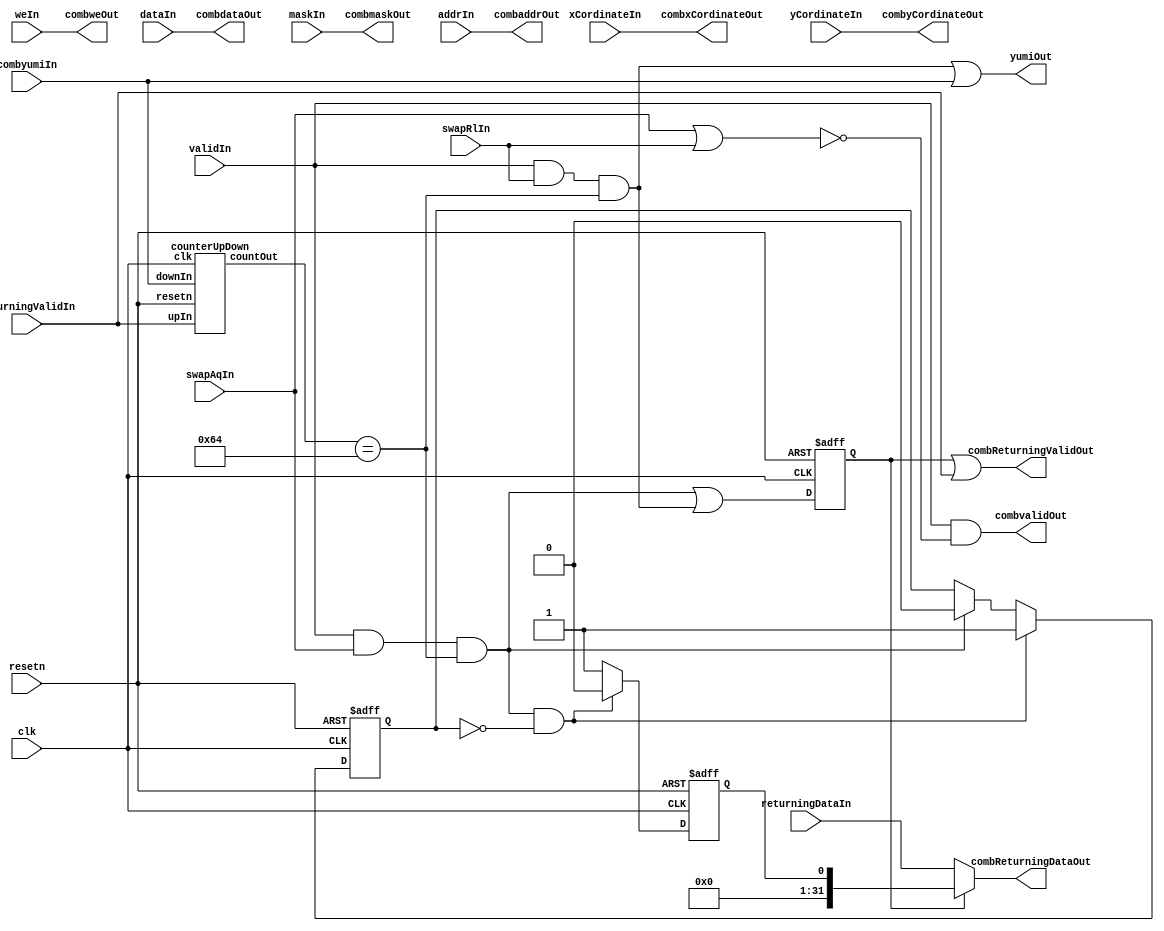
// Generator : SpinalHDL v1.7.3    git head : ed8004c489ee8a38c2cab309d0447b543fe9d5b8
// Component : muxeLock

`timescale 1ns/1ps

module muxeLock (
  input               validIn,
  output              yumiOut,
  input      [31:0]   dataIn,
  input      [3:0]    maskIn,
  input      [31:0]   addrIn,
  input               weIn,
  input               swapAqIn,
  input               swapRlIn,
  input      [1:0]    xCordinateIn,
  input      [1:0]    yCordinateIn,
  output              combvalidOut,
  input               combyumiIn,
  output     [31:0]   combdataOut,
  output     [3:0]    combmaskOut,
  output     [31:0]   combaddrOut,
  output              combweOut,
  output     [1:0]    combxCordinateOut,
  output     [1:0]    combyCordinateOut,
  input      [31:0]   returningDataIn,
  input               returningValidIn,
  output     [31:0]   combReturningDataOut,
  output              combReturningValidOut,
  input               clk,
  input               resetn
);

  wire       [0:0]    myCounterUpDown_upIn;
  wire       [0:0]    myCounterUpDown_downIn;
  wire       [6:0]    myCounterUpDown_countOut;
  wire       [31:0]   _zz_combReturningDataOut;
  wire       [0:0]    _zz_combReturningDataOut_1;
  reg        [31:0]   swapAddr;
  reg        [1:0]    swapXCordinate;
  reg        [1:0]    swapYCordinate;
  reg                 swapLock;
  wire                nodeIsIdle;
  wire                swapAqYumi;
  wire                swapAqSuccess;
  wire                swapAqFail;
  wire                swapMatch;
  wire                swapRlYumi;
  reg                 swapResultValid;
  reg                 swapAqResult;
  wire                lockSucessEncode;
  wire                lockFailEncode;
  wire       [6:0]    requestNumInNode;

  assign _zz_combReturningDataOut_1 = swapAqResult;
  assign _zz_combReturningDataOut = {31'd0, _zz_combReturningDataOut_1};
  counterUpDown myCounterUpDown (
    .upIn     (myCounterUpDown_upIn         ), //i
    .downIn   (myCounterUpDown_downIn       ), //i
    .countOut (myCounterUpDown_countOut[6:0]), //o
    .clk      (clk                          ), //i
    .resetn   (resetn                       )  //i
  );
  assign swapAqYumi = ((validIn && swapAqIn) && nodeIsIdle);
  assign swapAqSuccess = (swapAqYumi && (! swapLock));
  assign swapAqFail = (swapAqYumi && swapLock);
  assign swapMatch = (((swapAddr == addrIn) && (swapXCordinate == xCordinateIn)) && (swapYCordinate == yCordinateIn));
  assign swapRlYumi = ((validIn && swapRlIn) && nodeIsIdle);
  assign yumiOut = ((swapRlYumi || swapRlYumi) || combyumiIn);
  assign combvalidOut = (validIn && (! (swapAqIn || swapRlIn)));
  assign combdataOut = dataIn;
  assign combmaskOut = maskIn;
  assign combaddrOut = addrIn;
  assign combxCordinateOut = xCordinateIn;
  assign combyCordinateOut = yCordinateIn;
  assign combweOut = weIn;
  assign lockSucessEncode = 1'b0;
  assign lockFailEncode = 1'b1;
  assign combReturningValidOut = (swapResultValid || returningValidIn);
  assign combReturningDataOut = (swapResultValid ? _zz_combReturningDataOut : returningDataIn);
  assign myCounterUpDown_downIn = combyumiIn;
  assign myCounterUpDown_upIn = returningValidIn;
  assign requestNumInNode = myCounterUpDown_countOut;
  assign nodeIsIdle = (requestNumInNode == 7'h64);
  always @(posedge clk or negedge resetn) begin
    if(!resetn) begin
      swapLock <= 1'b0;
      swapResultValid <= 1'b0;
      swapAqResult <= 1'b0;
    end else begin
      if(swapAqSuccess) begin
        swapLock <= 1'b1;
      end else begin
        if(swapAqYumi) begin
          swapLock <= 1'b0;
        end
      end
      swapResultValid <= (swapAqYumi || swapRlYumi);
      swapAqResult <= (swapAqSuccess ? lockSucessEncode : lockFailEncode);
    end
  end

  always @(posedge clk) begin
    if(swapAqSuccess) begin
      swapAddr <= addrIn;
      swapXCordinate <= xCordinateIn;
      swapYCordinate <= yCordinateIn;
    end else begin
      if(swapAqYumi) begin
        swapAddr <= 32'h0;
        swapXCordinate <= 2'b00;
        swapYCordinate <= 2'b00;
      end
    end
  end


endmodule

module counterUpDown (
  input      [0:0]    upIn,
  input      [0:0]    downIn,
  output     [6:0]    countOut,
  input               clk,
  input               resetn
);

  wire       [6:0]    _zz_countTemp;
  wire       [6:0]    _zz_countTemp_1;
  wire       [6:0]    _zz_countTemp_2;
  reg        [6:0]    countTemp;

  assign _zz_countTemp = (countTemp - _zz_countTemp_1);
  assign _zz_countTemp_1 = {6'd0, downIn};
  assign _zz_countTemp_2 = {6'd0, upIn};
  assign countOut = countTemp;
  always @(posedge clk or negedge resetn) begin
    if(!resetn) begin
      countTemp <= 7'h64;
    end else begin
      countTemp <= (_zz_countTemp + _zz_countTemp_2);
    end
  end


endmodule